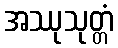
အဿုသုတ္တံ